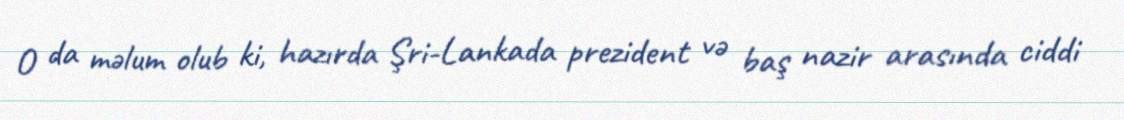
O da məlum olub ki, hazırda Şri-Lankada prezident və baş nazir arasında ciddi